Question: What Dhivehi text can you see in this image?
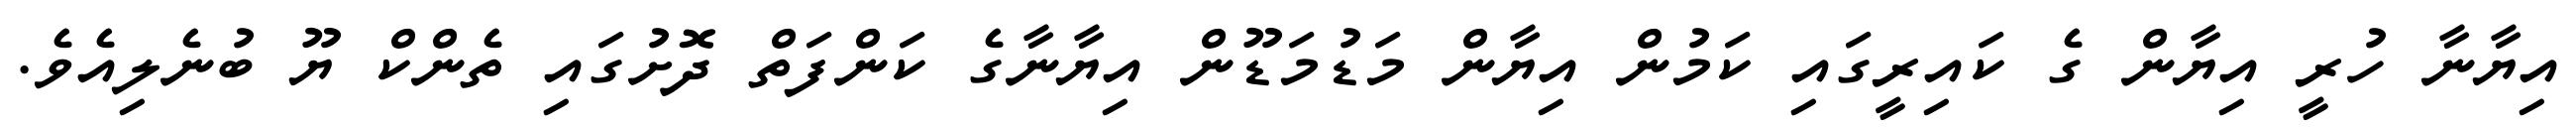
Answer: އިޔާނާ ހުރީ އިޔާން ގެ ކައިރީގައި ކަމުން އިޔާން މަޑުމަޑޫން އިޔާނާގެ ކަންފަތް ދޮށުގައި ތެންކް ޔޫ ބުނެލިއެވެ.